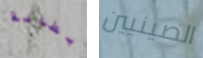
بطانة الصينيين